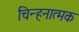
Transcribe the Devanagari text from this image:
चिन्हनात्मक